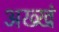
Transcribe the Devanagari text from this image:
अख्खं